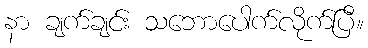
နာ ချက်ချင်း သဘောပေါက်လိုက်ပြီ။